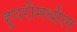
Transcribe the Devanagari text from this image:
हुपरीमधील